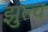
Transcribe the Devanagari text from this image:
झुल्च